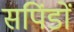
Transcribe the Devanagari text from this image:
सपिंडों